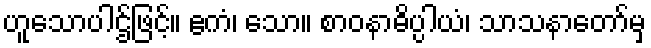
ဟူသောပါဌ်ဖြင့်။ ဧကံ၊ သော။ စာဝနာဓိပ္ပါယံ၊ သာသနာတော်မှ